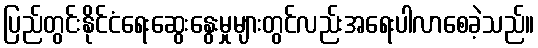
ပြည်တွင်းနိုင်ငံရေးဆွေးနွေးမှုများတွင်လည်းအရေးပါလာစေခဲ့သည်။